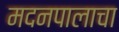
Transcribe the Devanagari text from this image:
मदनपालाचा